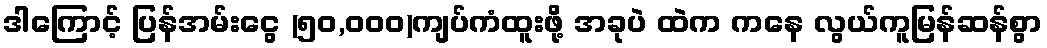
ဒါကြောင့် ပြန်အမ်းငွေ (၅၀,၀၀၀)ကျပ်ကံထူးဖို့ အခုပဲ ထဲက ကနေ လွယ်ကူမြန်ဆန်စွာ